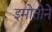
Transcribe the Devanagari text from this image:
इमोतोने